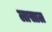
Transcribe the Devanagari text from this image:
लासाल